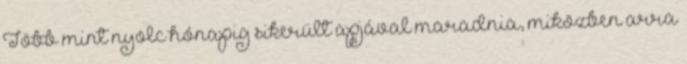
Több mint nyolc hónapig sikerült apjával maradnia, miközben arra